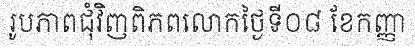
រូបភាពជុំវិញពិភពលោកថ្ងៃទី០៨ ខែកញ្ញា